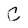
Character: C